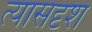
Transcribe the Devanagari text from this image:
त्यासदृश